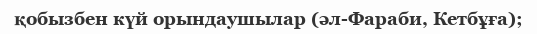
қобызбен күй орындаушылар (әл-Фараби, Кетбұға);